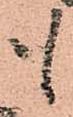
も